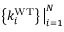
\left\{ k _ { i } ^ { \mathrm { W T } } \right\} \big | _ { i = 1 } ^ { N }